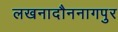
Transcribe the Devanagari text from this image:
लखनादौननागपुर